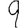
Digit: 9